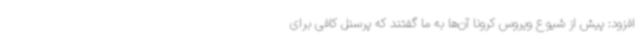
افزود: پیش از شیوع ویروس کرونا آن‌ها به ما گفتند که پرسنل کافی برای